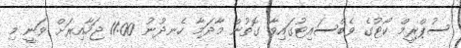
ސުޕްރީމް ކޯޓުގެ ވެބްސައިޓުގައިވާ ގޮތުން މާދަމާ ހެނދުނު 11:00 ޖަހާއިރަށް ވަނީ މި